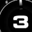
Digit: 3